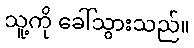
သူ့ကို ခေါ်သွားသည်။